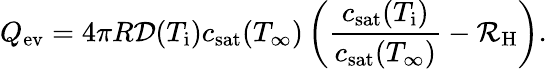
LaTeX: Q_{\mathrm{ev}}=4\pi R{\cal D}(T_{\mathrm{i}})c_{\mathrm{sat}}(T_{\infty})\left(\frac{c_{\mathrm{sat}}(T_{\mathrm{i}})}{c_{\mathrm{sat}}(T_{\infty})}-\mathcal{R}_{\mathrm{H}}\right).